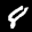
Label: 8